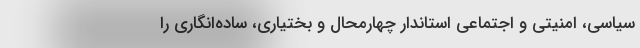
سیاسی، امنیتی و اجتماعی استاندار چهارمحال و بختیاری، ساده‌انگاری را